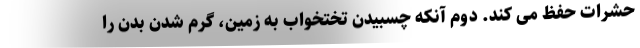
حشرات حفظ می کند. دوم آنکه چسبیدن تختخواب به زمین، گرم شدن بدن را